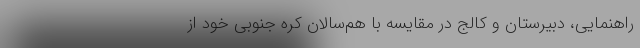
راهنمایی، دبیرستان ‌و کالج در مقایسه با هم‌سالان کره جنوبی خود از